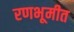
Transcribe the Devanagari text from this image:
रणभूमीत